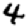
Digit: 4